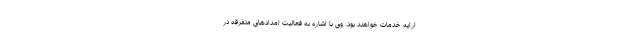
ارایه خدمات خواهند بود. وی با اشاره به فعالیت امدادهای متفرقه در